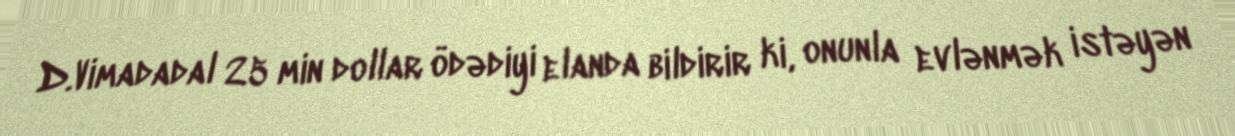
D.Vimadadal 25 min dollar ödədiyi elanda bildirir ki, onunla evlənmək istəyən